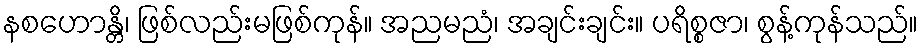
နစဟောန္တိ၊ ဖြစ်လည်းမဖြစ်ကုန်။ အညမညံ၊ အချင်းချင်း။ ပရိစ္စဇာ၊ စွန့်ကုန်သည်။